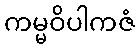
ကမ္မဝိပါကဇံ